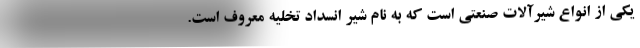
یکی از انواع شیرآلات صنعتی است که به نام شیر انسداد تخلیه معروف است.